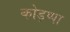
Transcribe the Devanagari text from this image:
कोड़प्पा